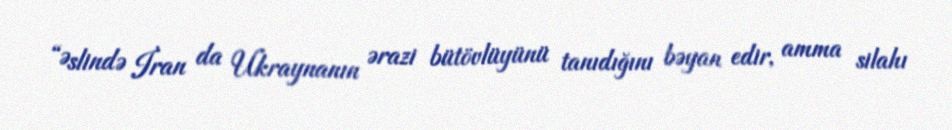
“Əslində İran da Ukraynanın ərazi bütövlüyünü tanıdığını bəyan edir, amma silahı